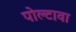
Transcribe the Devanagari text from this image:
पोल्टावा